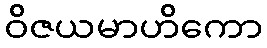
ဝိဇယမာဟိကော